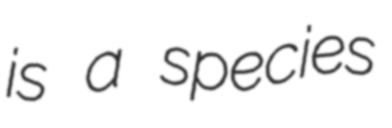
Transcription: is a species